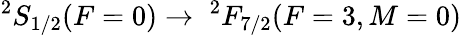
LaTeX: ^{2}S_{1/2}(F=0)\to\; ^{2}F_{7/2}(F=3,M=0)